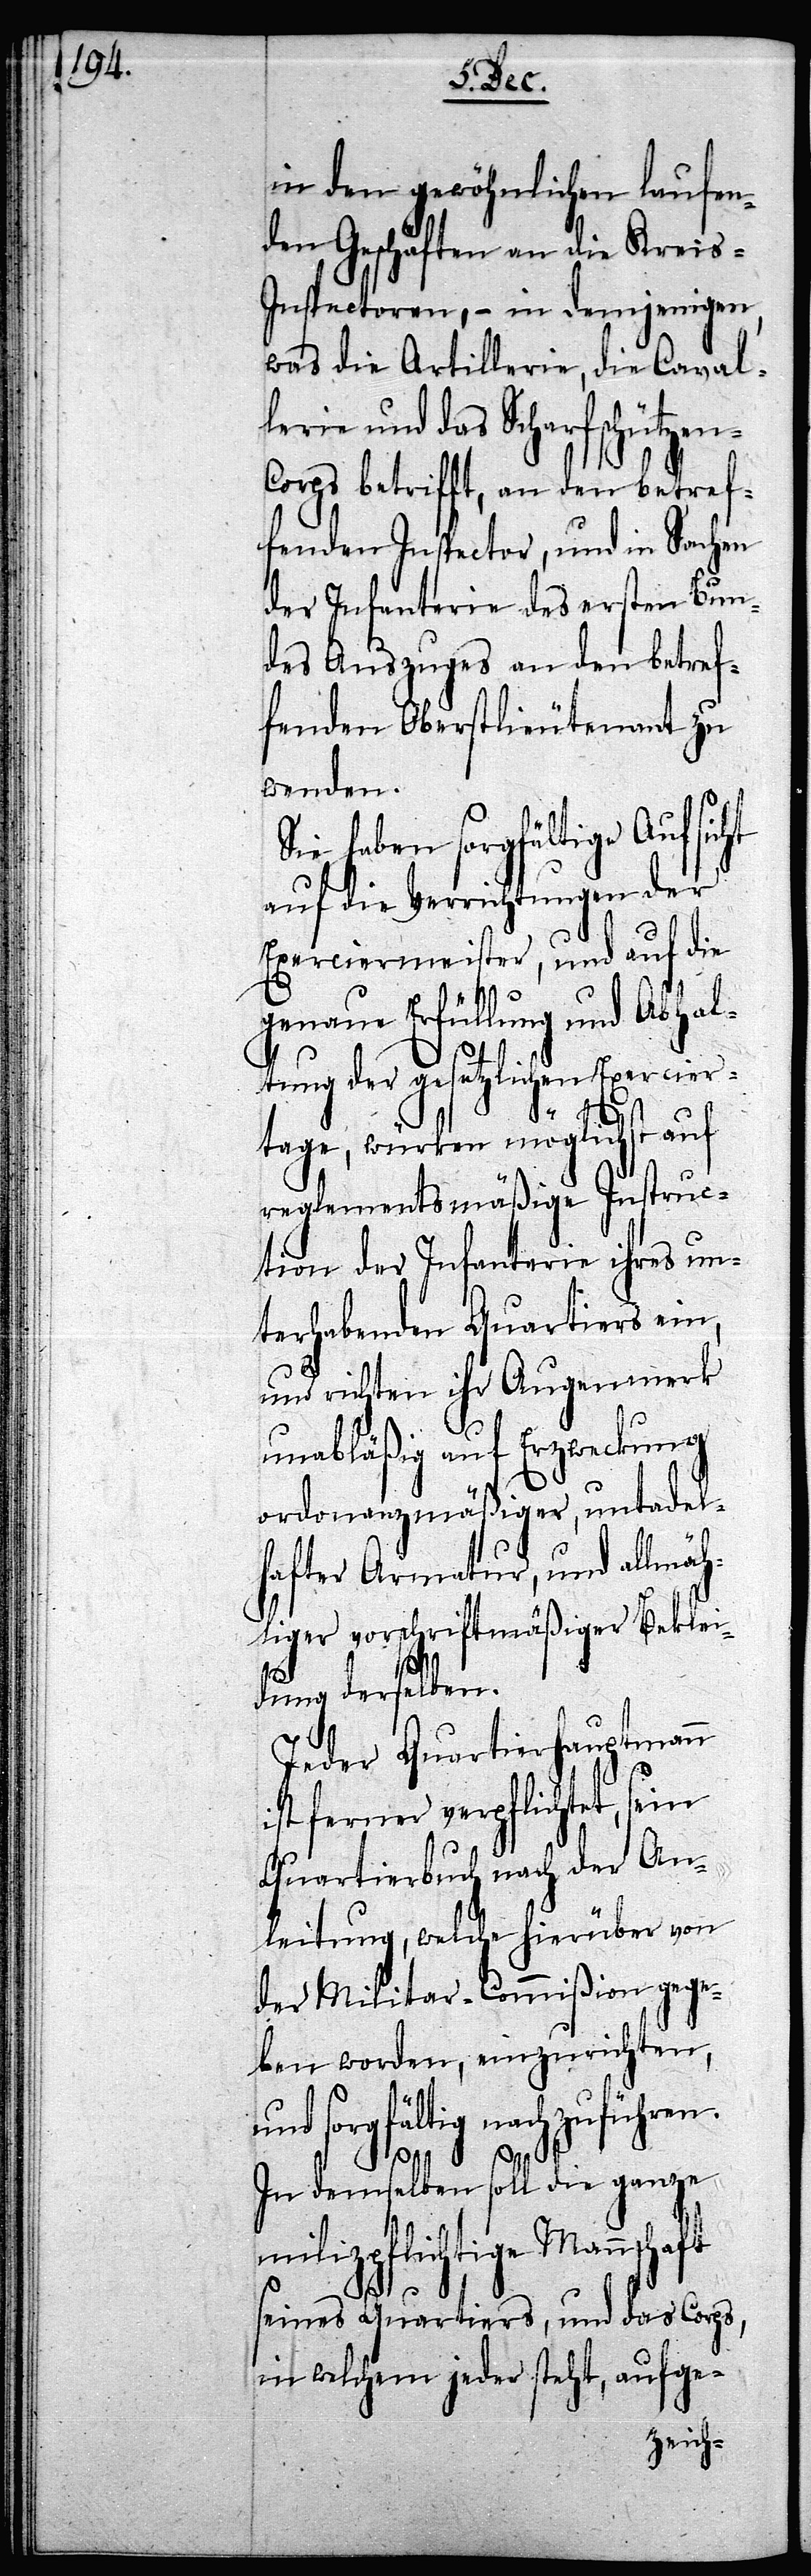
in den gewöhnlichen laufen¬
den Geschäften an die Kreis-I¬
nspectoren, – in demjenigen,
was die Artillerie, die Caval¬
ie und das Scharfschütze¬
n-Corps betrifft, an den betref¬
fenden Inspector, und in Sachen
der Infanterie des ersten Bun¬
des Auszuges an den betref¬
fenden Oberstlieutenant zu
wenden.
Sie haben sorgfältige Aufsicht
auf die Verrichtungen der
Exerciermeister, und auf die
genaue Erfüllung und Abhal¬
tung der gesetzlichen Exercier¬
ler¬
tage, würken möglichst auf
reglementsmäßige Instruc¬
tion der Infanterie ihres un¬
terhabenden Quartiers ein,
und richten ihr Augenmerk
unabläßig auf Erzweckung
ordonanzmäßiger, untadel¬
hafter Armatur, und allmäh¬
liger vorschriftsmäßiger Beklei¬
dung derselben.
Jeder Quartierhauptmann
ist ferner verpflichtet,
Quartierbuch nach der An¬
leitung, welche hierüber von
der Militar-Commißion gege¬
ben worden, einzurichten,
und sorgfältig nachzuführen.
In demselben soll die ganze
milizpflichtige Mannschaft
seines Quartiers, und das Corps,
in welchem jeder steht, aufge-